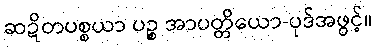
ဆဍိတပစ္စယာ ပဉ္စ အာပတ္တိယော-ပုဒ်အဖွင့်။